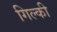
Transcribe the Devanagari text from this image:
गिल्की